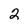
Character: 2